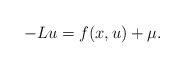
LaTeX: \begin{align*} -Lu=f(x,u)+\mu.\end{align*}